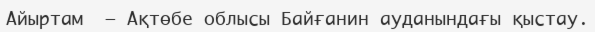
Айыртам  – Ақтөбе облысы Байғанин ауданындағы қыстау.